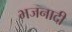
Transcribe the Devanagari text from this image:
भजनादी